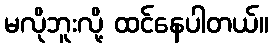
မလိုဘူးလို့ ထင်နေပါတယ်။